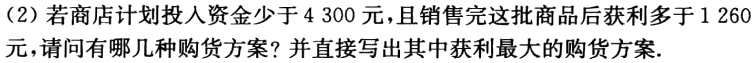
(2) 若商店计划投入资金少于 4 300 元，且销售完这批商品后获利多于 1 260 元，请问有哪几种购货方案？并直接写出其中获利最大的购货方案.